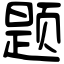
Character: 题